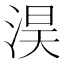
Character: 淏